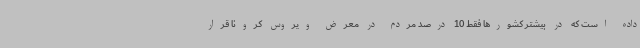
داده است که در بیشتر کشورها فقط 10 درصد مردم در معرض ویروس کرونا قرار